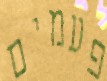
פעמים